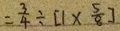
= \frac { 3 } { 4 } \div [ 1 \times \frac { 5 } { 8 } ]